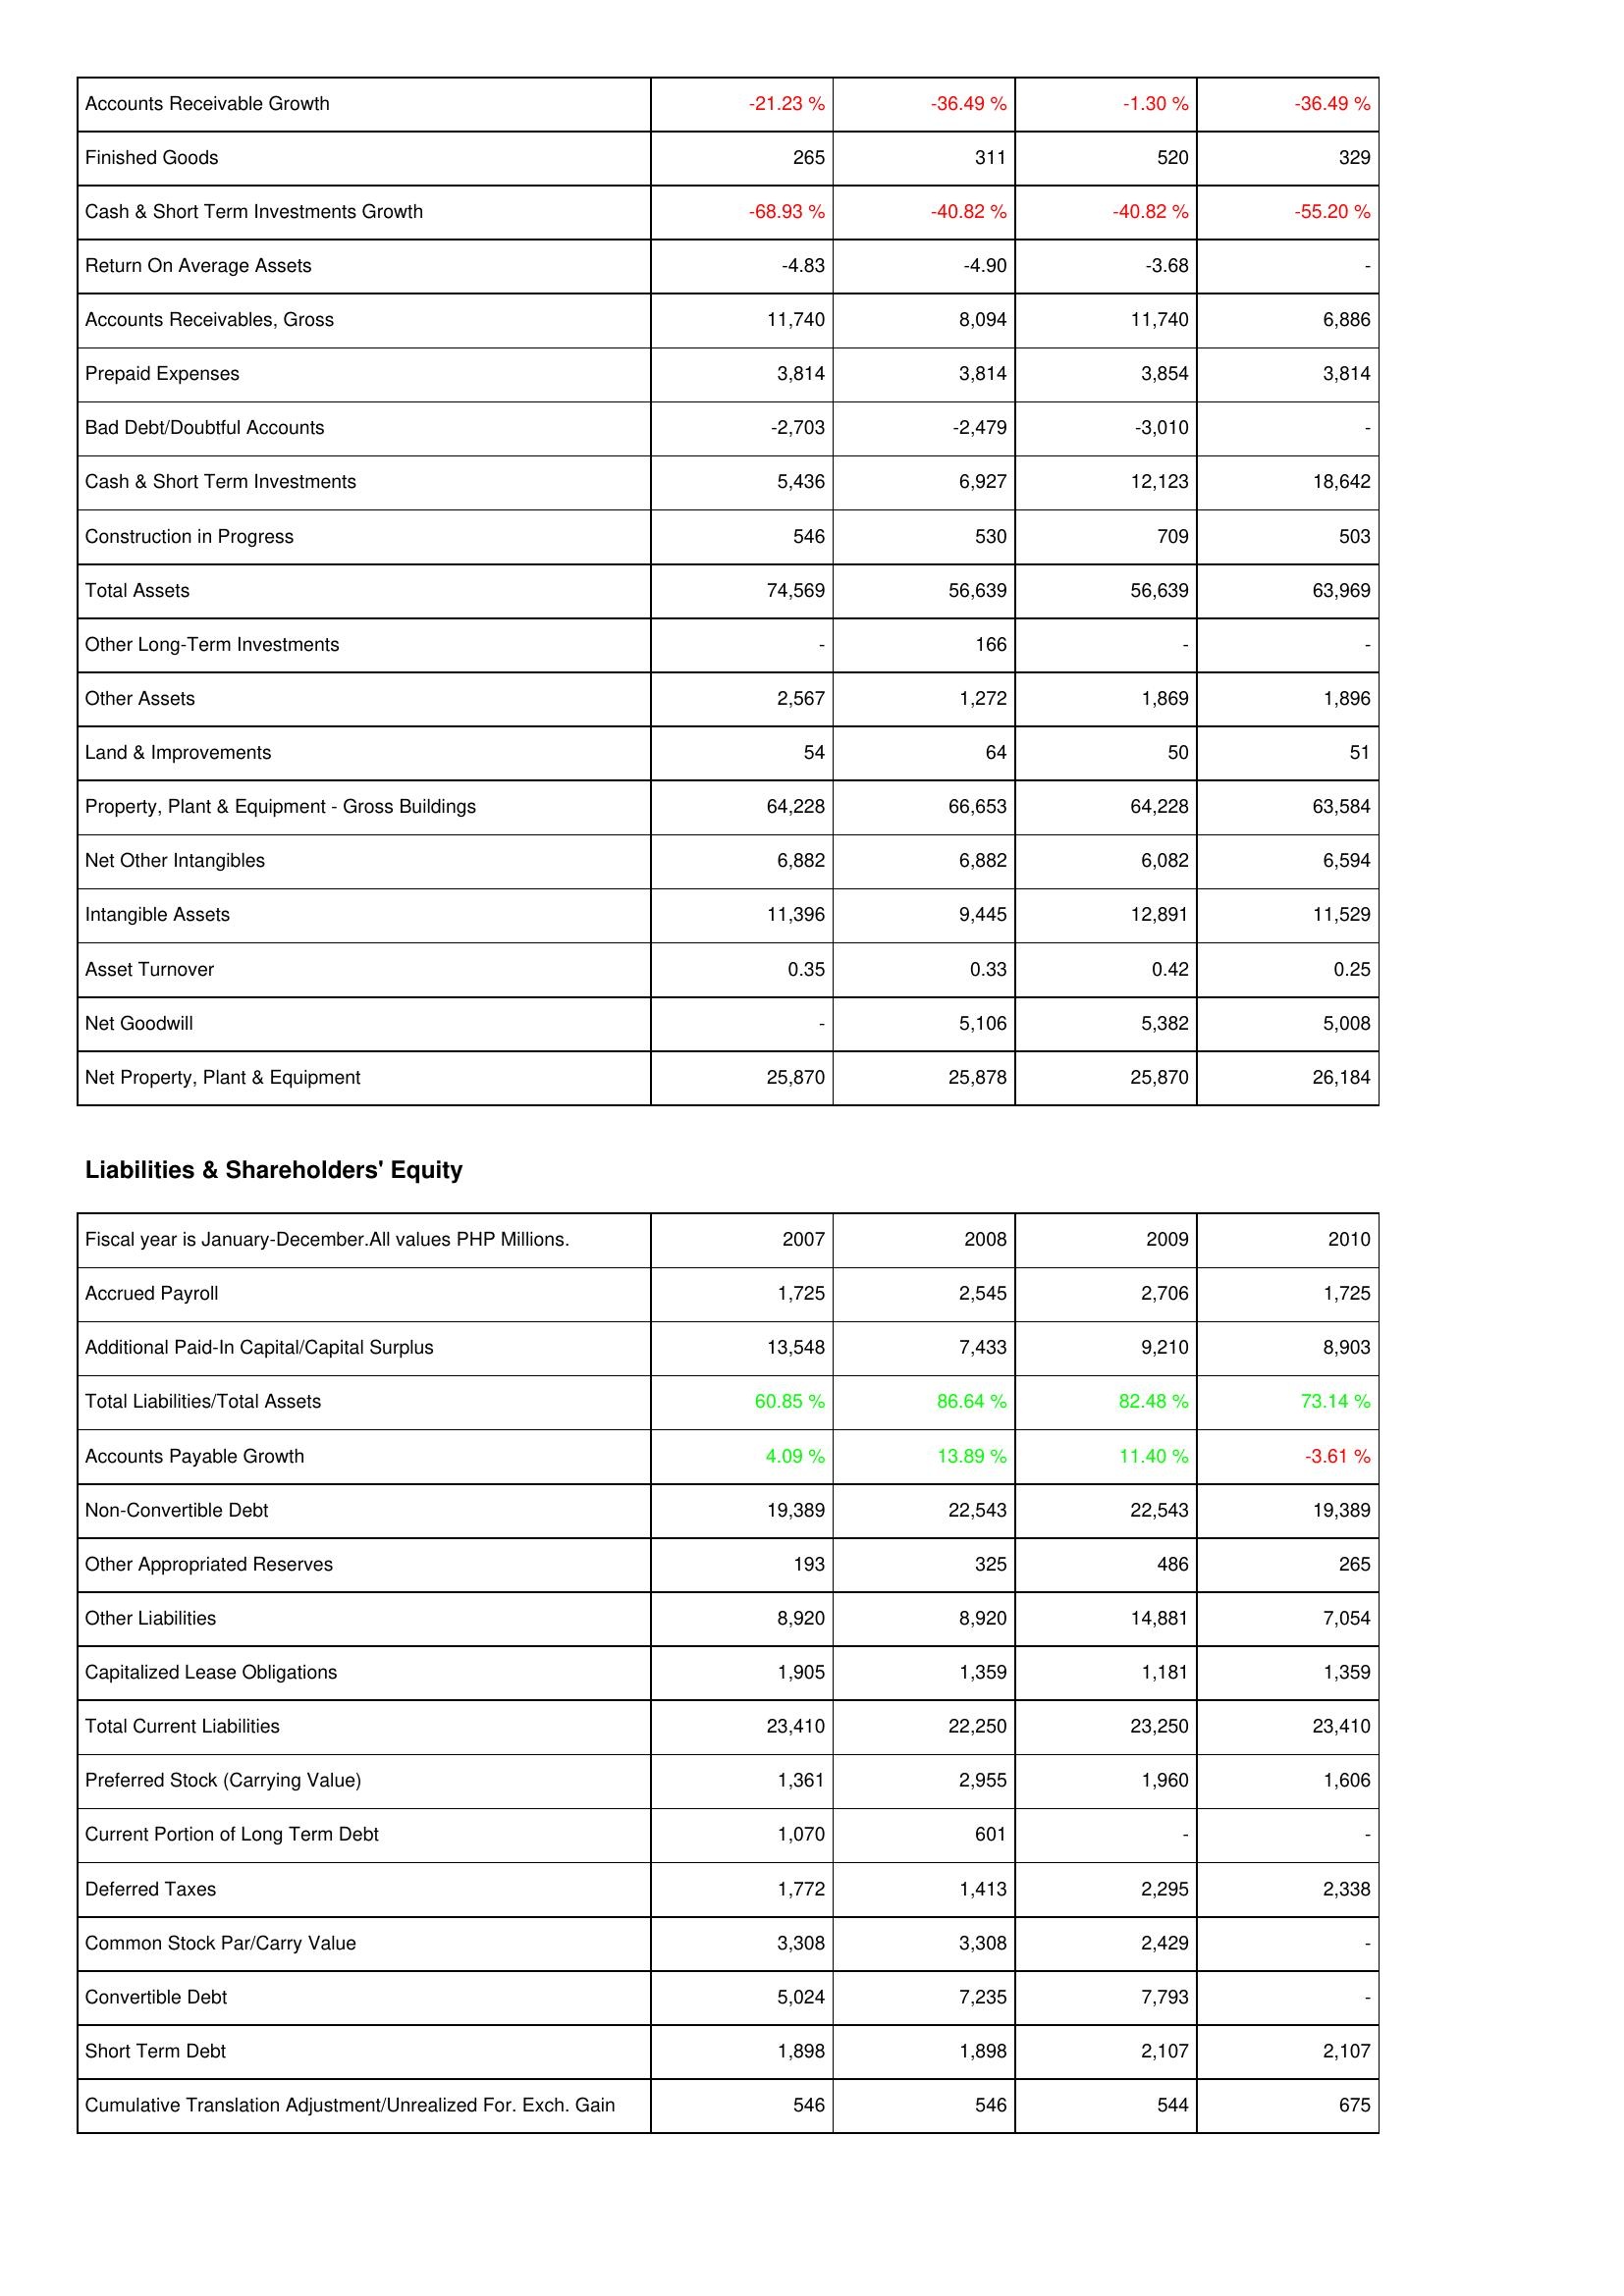
2007: Assets: Accounts Receivable Growth: -21.23 %
Finished Goods: 265
Cash & Short Term Investments Growth: -68.93 %
Return On Average Assets: -4.83
Accounts Receivables, Gross: 11,740
Prepaid Expenses: 3,814
Bad Debt/Doubtful Accounts: -2,703
Cash & Short Term Investments: 5,436
Construction in Progress: 546
Total Assets: 74,569
Other Long-Term Investments: -
Other Assets: 2,567
Land & Improvements: 54
Property, Plant & Equipment - Gross Buildings: 64,228
Net Other Intangibles: 6,882
Intangible Assets: 11,396
Asset Turnover: 0.35
Net Goodwill: -
Net Property, Plant & Equipment: 25,870
Liabilities & Shareholders' Equity: Accrued Payroll: 1,725
Additional Paid-In Capital/Capital Surplus: 13,548
Total Liabilities/Total Assets: 60.85 %
Accounts Payable Growth: 4.09 %
Non-Convertible Debt: 19,389
Other Appropriated Reserves: 193
Other Liabilities: 8,920
Capitalized Lease Obligations: 1,905
Total Current Liabilities: 23,410
Preferred Stock (Carrying Value): 1,361
Current Portion of Long Term Debt: 1,070
Deferred Taxes: 1,772
Common Stock Par/Carry Value: 3,308
Convertible Debt: 5,024
Short Term Debt: 1,898
Cumulative Translation Adjustment/Unrealized For. Exch. Gain: 546
2008: Assets: Accounts Receivable Growth: -36.49 %
Finished Goods: 311
Cash & Short Term Investments Growth: -40.82 %
Return On Average Assets: -4.90
Accounts Receivables, Gross: 8,094
Prepaid Expenses: 3,814
Bad Debt/Doubtful Accounts: -2,479
Cash & Short Term Investments: 6,927
Construction in Progress: 530
Total Assets: 56,639
Other Long-Term Investments: 166
Other Assets: 1,272
Land & Improvements: 64
Property, Plant & Equipment - Gross Buildings: 66,653
Net Other Intangibles: 6,882
Intangible Assets: 9,445
Asset Turnover: 0.33
Net Goodwill: 5,106
Net Property, Plant & Equipment: 25,878
Liabilities & Shareholders' Equity: Accrued Payroll: 2,545
Additional Paid-In Capital/Capital Surplus: 7,433
Total Liabilities/Total Assets: 86.64 %
Accounts Payable Growth: 13.89 %
Non-Convertible Debt: 22,543
Other Appropriated Reserves: 325
Other Liabilities: 8,920
Capitalized Lease Obligations: 1,359
Total Current Liabilities: 22,250
Preferred Stock (Carrying Value): 2,955
Current Portion of Long Term Debt: 601
Deferred Taxes: 1,413
Common Stock Par/Carry Value: 3,308
Convertible Debt: 7,235
Short Term Debt: 1,898
Cumulative Translation Adjustment/Unrealized For. Exch. Gain: 546
2009: Assets: Accounts Receivable Growth: -1.30 %
Finished Goods: 520
Cash & Short Term Investments Growth: -40.82 %
Return On Average Assets: -3.68
Accounts Receivables, Gross: 11,740
Prepaid Expenses: 3,854
Bad Debt/Doubtful Accounts: -3,010
Cash & Short Term Investments: 12,123
Construction in Progress: 709
Total Assets: 56,639
Other Long-Term Investments: -
Other Assets: 1,869
Land & Improvements: 50
Property, Plant & Equipment - Gross Buildings: 64,228
Net Other Intangibles: 6,082
Intangible Assets: 12,891
Asset Turnover: 0.42
Net Goodwill: 5,382
Net Property, Plant & Equipment: 25,870
Liabilities & Shareholders' Equity: Accrued Payroll: 2,706
Additional Paid-In Capital/Capital Surplus: 9,210
Total Liabilities/Total Assets: 82.48 %
Accounts Payable Growth: 11.40 %
Non-Convertible Debt: 22,543
Other Appropriated Reserves: 486
Other Liabilities: 14,881
Capitalized Lease Obligations: 1,181
Total Current Liabilities: 23,250
Preferred Stock (Carrying Value): 1,960
Current Portion of Long Term Debt: -
Deferred Taxes: 2,295
Common Stock Par/Carry Value: 2,429
Convertible Debt: 7,793
Short Term Debt: 2,107
Cumulative Translation Adjustment/Unrealized For. Exch. Gain: 544
2010: Assets: Accounts Receivable Growth: -36.49 %
Finished Goods: 329
Cash & Short Term Investments Growth: -55.20 %
Return On Average Assets: -
Accounts Receivables, Gross: 6,886
Prepaid Expenses: 3,814
Bad Debt/Doubtful Accounts: -
Cash & Short Term Investments: 18,642
Construction in Progress: 503
Total Assets: 63,969
Other Long-Term Investments: -
Other Assets: 1,896
Land & Improvements: 51
Property, Plant & Equipment - Gross Buildings: 63,584
Net Other Intangibles: 6,594
Intangible Assets: 11,529
Asset Turnover: 0.25
Net Goodwill: 5,008
Net Property, Plant & Equipment: 26,184
Liabilities & Shareholders' Equity: Accrued Payroll: 1,725
Additional Paid-In Capital/Capital Surplus: 8,903
Total Liabilities/Total Assets: 73.14 %
Accounts Payable Growth: -3.61 %
Non-Convertible Debt: 19,389
Other Appropriated Reserves: 265
Other Liabilities: 7,054
Capitalized Lease Obligations: 1,359
Total Current Liabilities: 23,410
Preferred Stock (Carrying Value): 1,606
Current Portion of Long Term Debt: -
Deferred Taxes: 2,338
Common Stock Par/Carry Value: -
Convertible Debt: -
Short Term Debt: 2,107
Cumulative Translation Adjustment/Unrealized For. Exch. Gain: 675